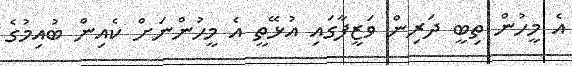
އެ މީހުން ތިބީ ދަރިން ވަޒީފާގައި އުޅޭތީ އެ މީހުންނަށް ކެއިން ބުއިމުގެ